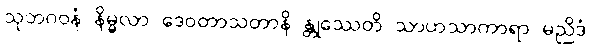
သုဘဂဝနံ နိမ္မလာ ဒေဝတာသတာနိ န္တုဿေတိ သာဟသာကာရာ မညိဒံ